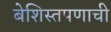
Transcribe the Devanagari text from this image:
बेशिस्तपणाची